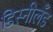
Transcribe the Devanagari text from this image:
डिस्नीलँड